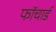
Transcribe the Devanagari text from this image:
फॉचार्ड